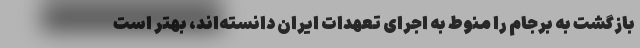
بازگشت به برجام را منوط به اجرای تعهدات ایران دانسته‌اند، بهتر است